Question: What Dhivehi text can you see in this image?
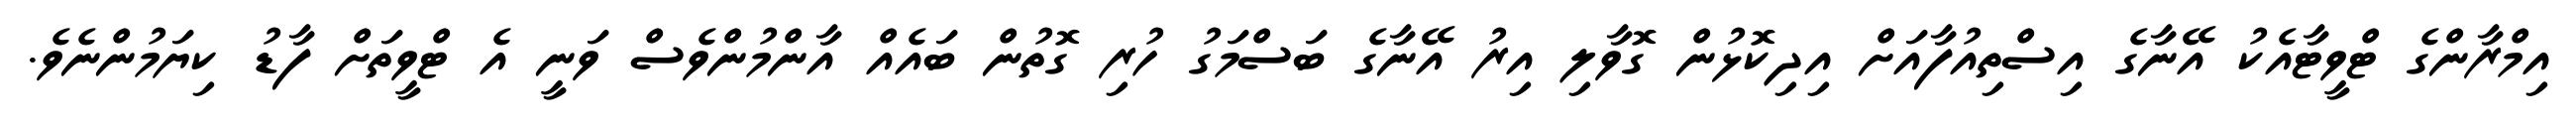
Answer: އިމްރާންގެ ޓްވީޓާއެކު އޭނާގެ އިސްތިއުފާއަށް އިދިކޮޅުން ގޮވާލި އިރު އޭނާގެ ބަސްމަގު ހުރި ގޮތުން ބައެއް އާންމުންވެސް ވަނީ އެ ޓްވީތަށް ފާޑު ކިޔަމުންނެވެ.